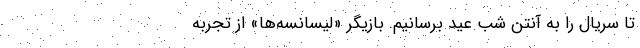
تا سریال را به آنتنِ شب عید برسانیم. بازیگر «لیسانسه‌ها» از تجربه